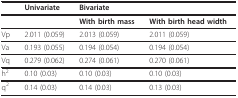
<table><thead><tr><td>[EMPTY_CELL]</td><td><b>Univariate</b></td><td colspan="2"><b>Bivariate</b></td></tr></thead><tbody><tr><td>[EMPTY_CELL]</td><td>[EMPTY_CELL]</td><td><b>With birth mass</b></td><td><b>With birth head width</b></td></tr><tr><td>Vp</td><td>2.011 (0.059)</td><td>2.013 (0.059)</td><td>2.011 (0.059)</td></tr><tr><td>Va</td><td>0.193 (0.055)</td><td>0.194 (0.054)</td><td>0.194 (0.054)</td></tr><tr><td>Vq</td><td>0.279 (0.062)</td><td>0.274 (0.061)</td><td>0.270 (0.061)</td></tr><tr><td>h<sup>2</sup></td><td>0.10 (0.03)</td><td>0.10 (0.03)</td><td>0.10 (0.03)</td></tr><tr><td>q<sup>2</sup></td><td>0.14 (0.03)</td><td>0.14 (0.03)</td><td>0.13 (0.03)</td></tr></tbody></table>